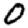
Digit: 0